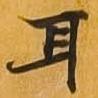
耳